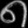
Digit: ၈